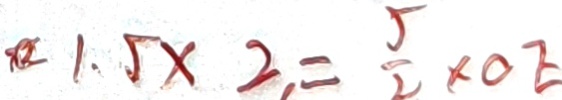
1 . 5 \times 2 = \frac { 5 } { 2 } \times O E